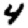
Digit: 4